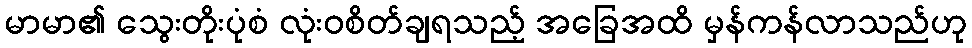
မာမာ၏ သွေးတိုးပုံစံ လုံးဝစိတ်ချရသည့် အခြေအထိ မှန်ကန်လာသည်ဟု